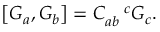
\left[ G _ { a } , G _ { b } \right] = C _ { a b } ^ { \quad c } G _ { c } .